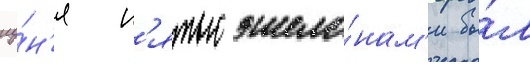
иу́н'я п'ятью эшело́нам'и бы́л